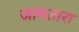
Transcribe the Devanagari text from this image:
जामतारा